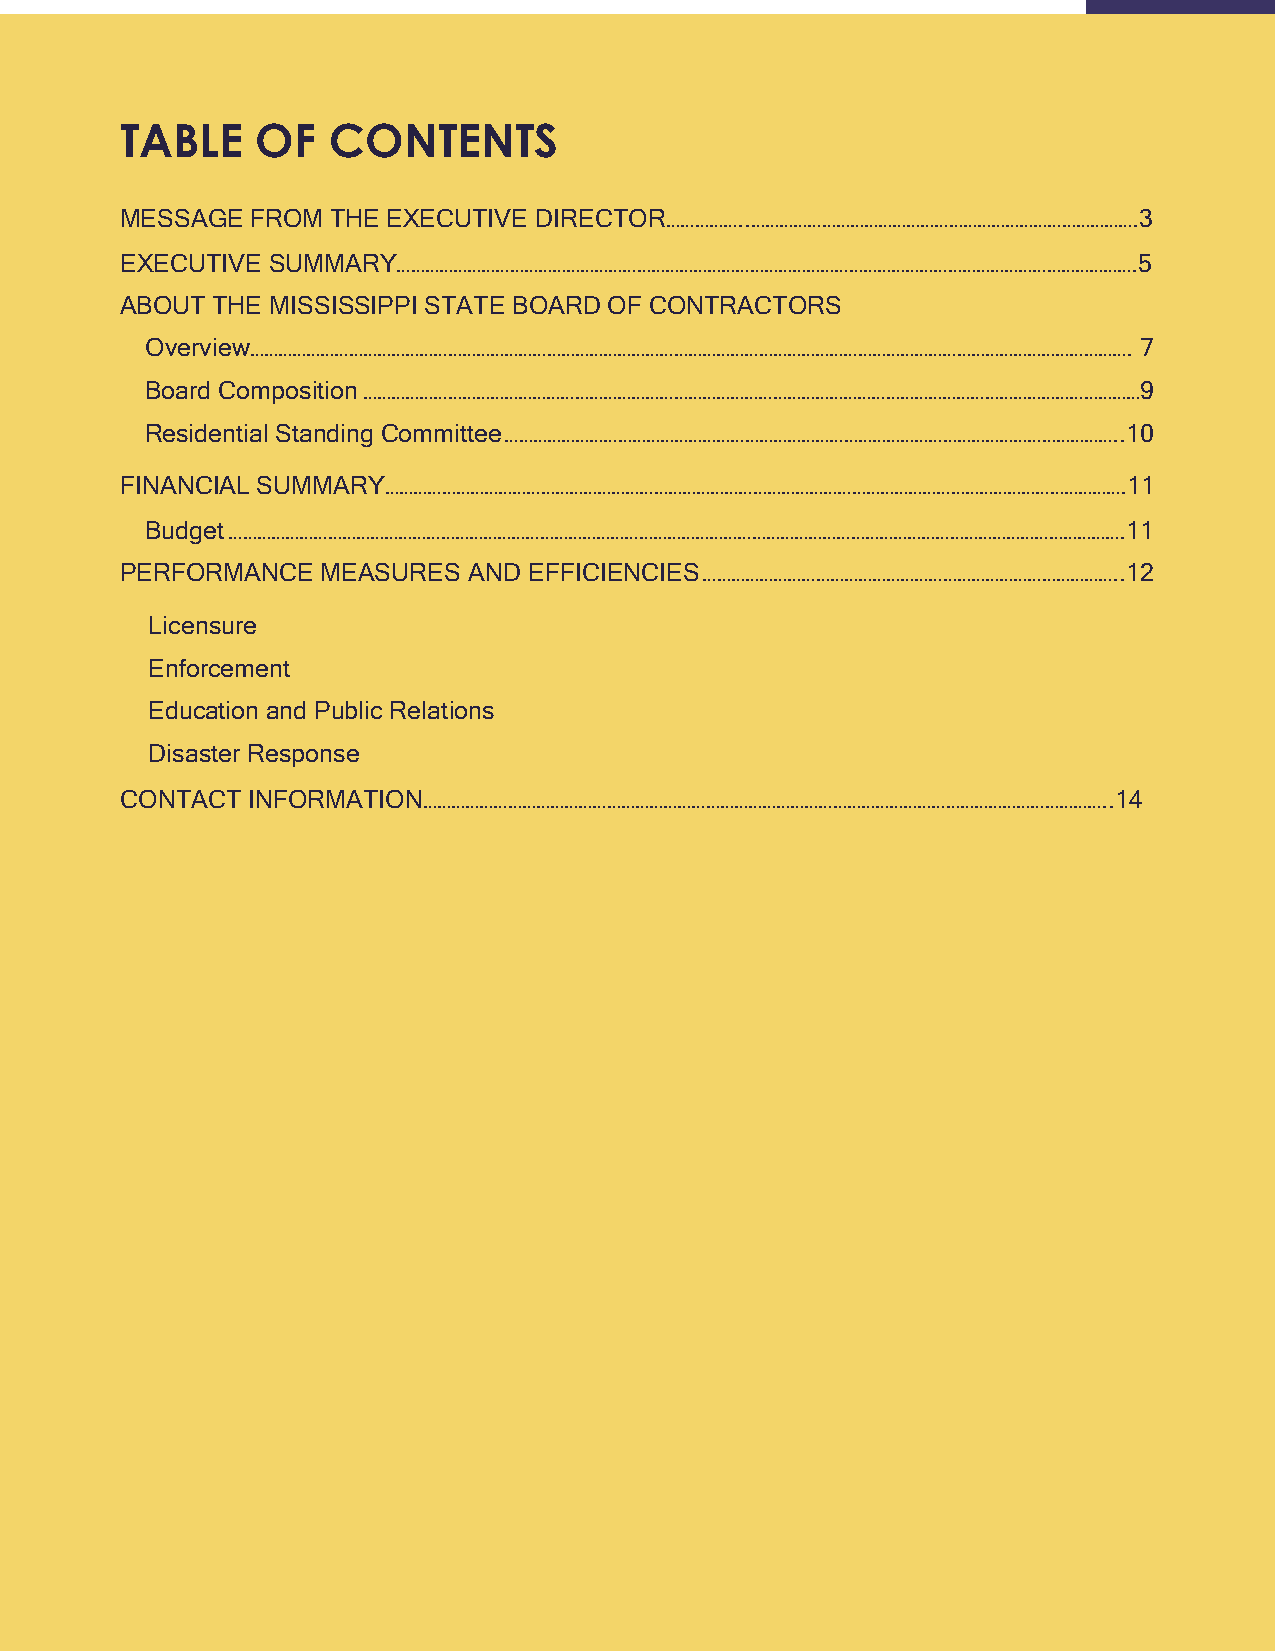
2
 TABLE    OF   CONTENTS
 MESSAGE  FROM THE EXECUTIVE DIRECTOR……………..……………………………………………………………………….3
 EXECUTIVE SUMMARY………………………………………………………………………………………………………………………………………….5
 ABOUT THE MISSISSIPPI STATE BOARD OF CONTRACTORS
 Overview……………………………………………………………………………………………………………………………………………………………………. 7
 Board Composition …………………………………………………………………………………………………………………………………………………9
 Residential Standing Committee …………………………………………………………………………………………………………………..10
 FINANCIAL SUMMARY………………………………………………………………………………………………………………………………………….11
 Budget ……………………………………………………………………………………………………………………………………………………………………….11
 PERFORMANCE  MEASURES  AND EFFICIENCIES ……………………………………………………………………………..12
 Licensure
 Enforcement
 Education and Public Relations
 Disaster Response
 CONTACT INFORMATION………………………………………………………………………………………………………………………………..14